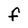
Character: F